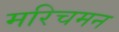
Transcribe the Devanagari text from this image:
मरिचमन